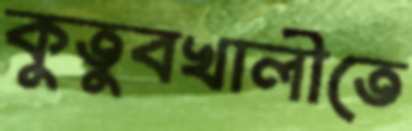
কুতুবখালীতে